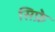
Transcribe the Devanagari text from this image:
सिफ्रे